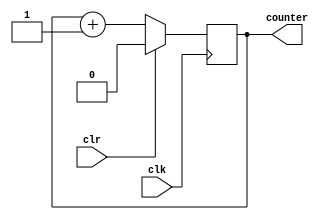
// contador hacia arriba de N bits
module counter_up #(parameter N = 1)(input clk, clr, output[N-1:0] counter
    );
reg [N-1:0] contador = 0;

// siempre que no este activado el reset cuando hacia arriba
  always @(posedge clk)
begin
  if(clr)
  contador <= 0;
  
  else
  contador <= contador + 1;
end 

assign counter = contador;

endmodule